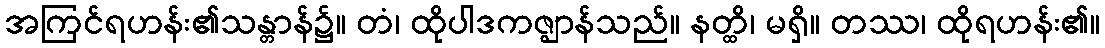
အကြင်ရဟန်း၏သန္တာန်၌။ တံ၊ ထိုပါဒကဇ္ဈာန်သည်။ နတ္ထိ၊ မရှိ။ တဿ၊ ထိုရဟန်း၏။